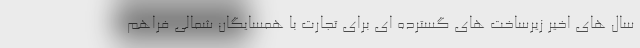
سال های اخیر زیرساخت های گسترده ای برای تجارت با همسایگان شمالی فراهم